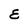
Character: E